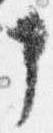
申